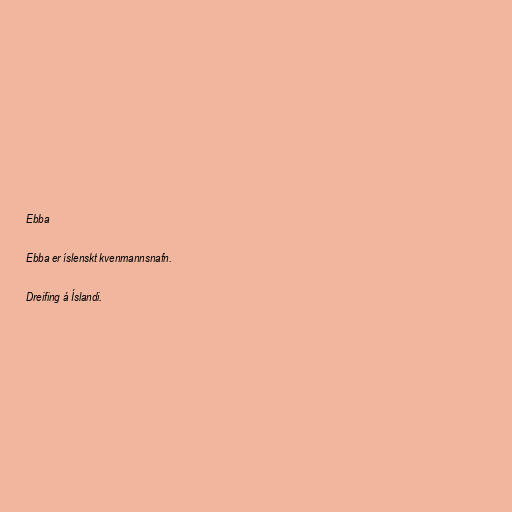
Ebba

Ebba er íslenskt kvenmannsnafn.

Dreifing á Íslandi.